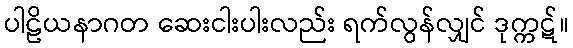
ပါဠိယနာဂတ ဆေးငါးပါးလည်း ရက်လွန်လျှင် ဒုက္ကဋ်။